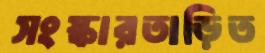
সংস্কারতাড়িত